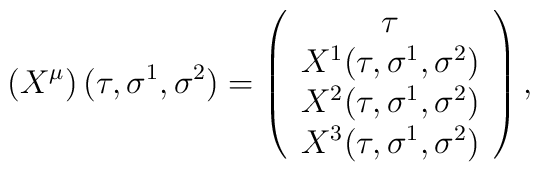
\left( X^{\mu}\right) (\tau,\sigma^1,\sigma^2) = \left(  \begin{array}{c}\tau \\  X^1(\tau,\sigma^1,\sigma^2) \\ X^2(\tau,\sigma^1,\sigma^2) \\X^3(\tau,\sigma^1,\sigma^2)\end{array} \right),